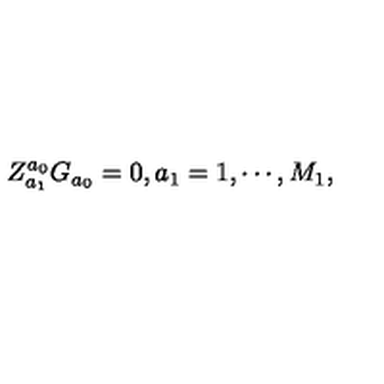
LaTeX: Z _ { a _ { 1 } } ^ { a _ { 0 } } G _ { a _ { 0 } } = 0 , a _ { 1 } = 1 , \cdots , M _ { 1 } ,